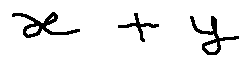
x + y